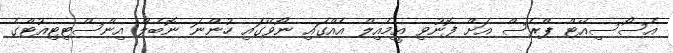
އެސޯސިއޭޓް ޕްރެސް އަށް ފޮނުވި އީމެއިލް އެއްގައި ނޯވޭގައި ހުންނަ ނޮބެލް އިންސްޓިޓިއުޓްގެ